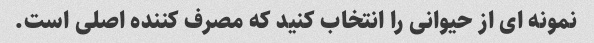
نمونه ای از حیوانی را انتخاب کنید که مصرف کننده اصلی است.